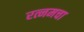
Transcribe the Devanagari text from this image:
रत्नमचा